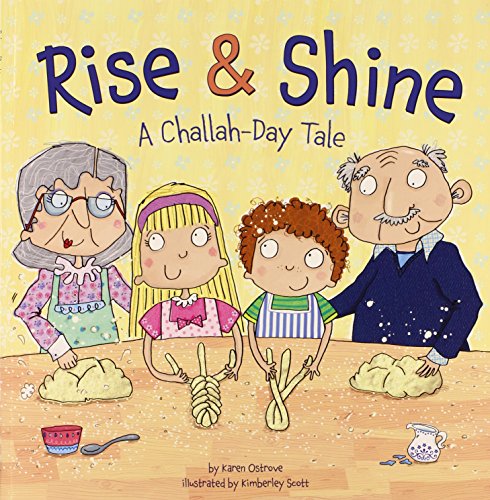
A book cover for Rise & Shine: A Challah-Day Tale (Shabbat); Karen Ostrove; Children's Books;